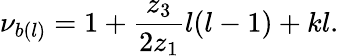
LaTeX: \nu_{b(l)}=1+\frac{z_{3}}{2z_{1}}l(l-1)+kl.